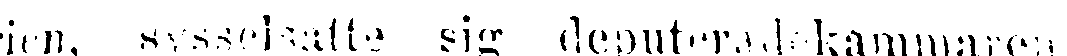
rfen, sysselsatte sig deputeradekammaren